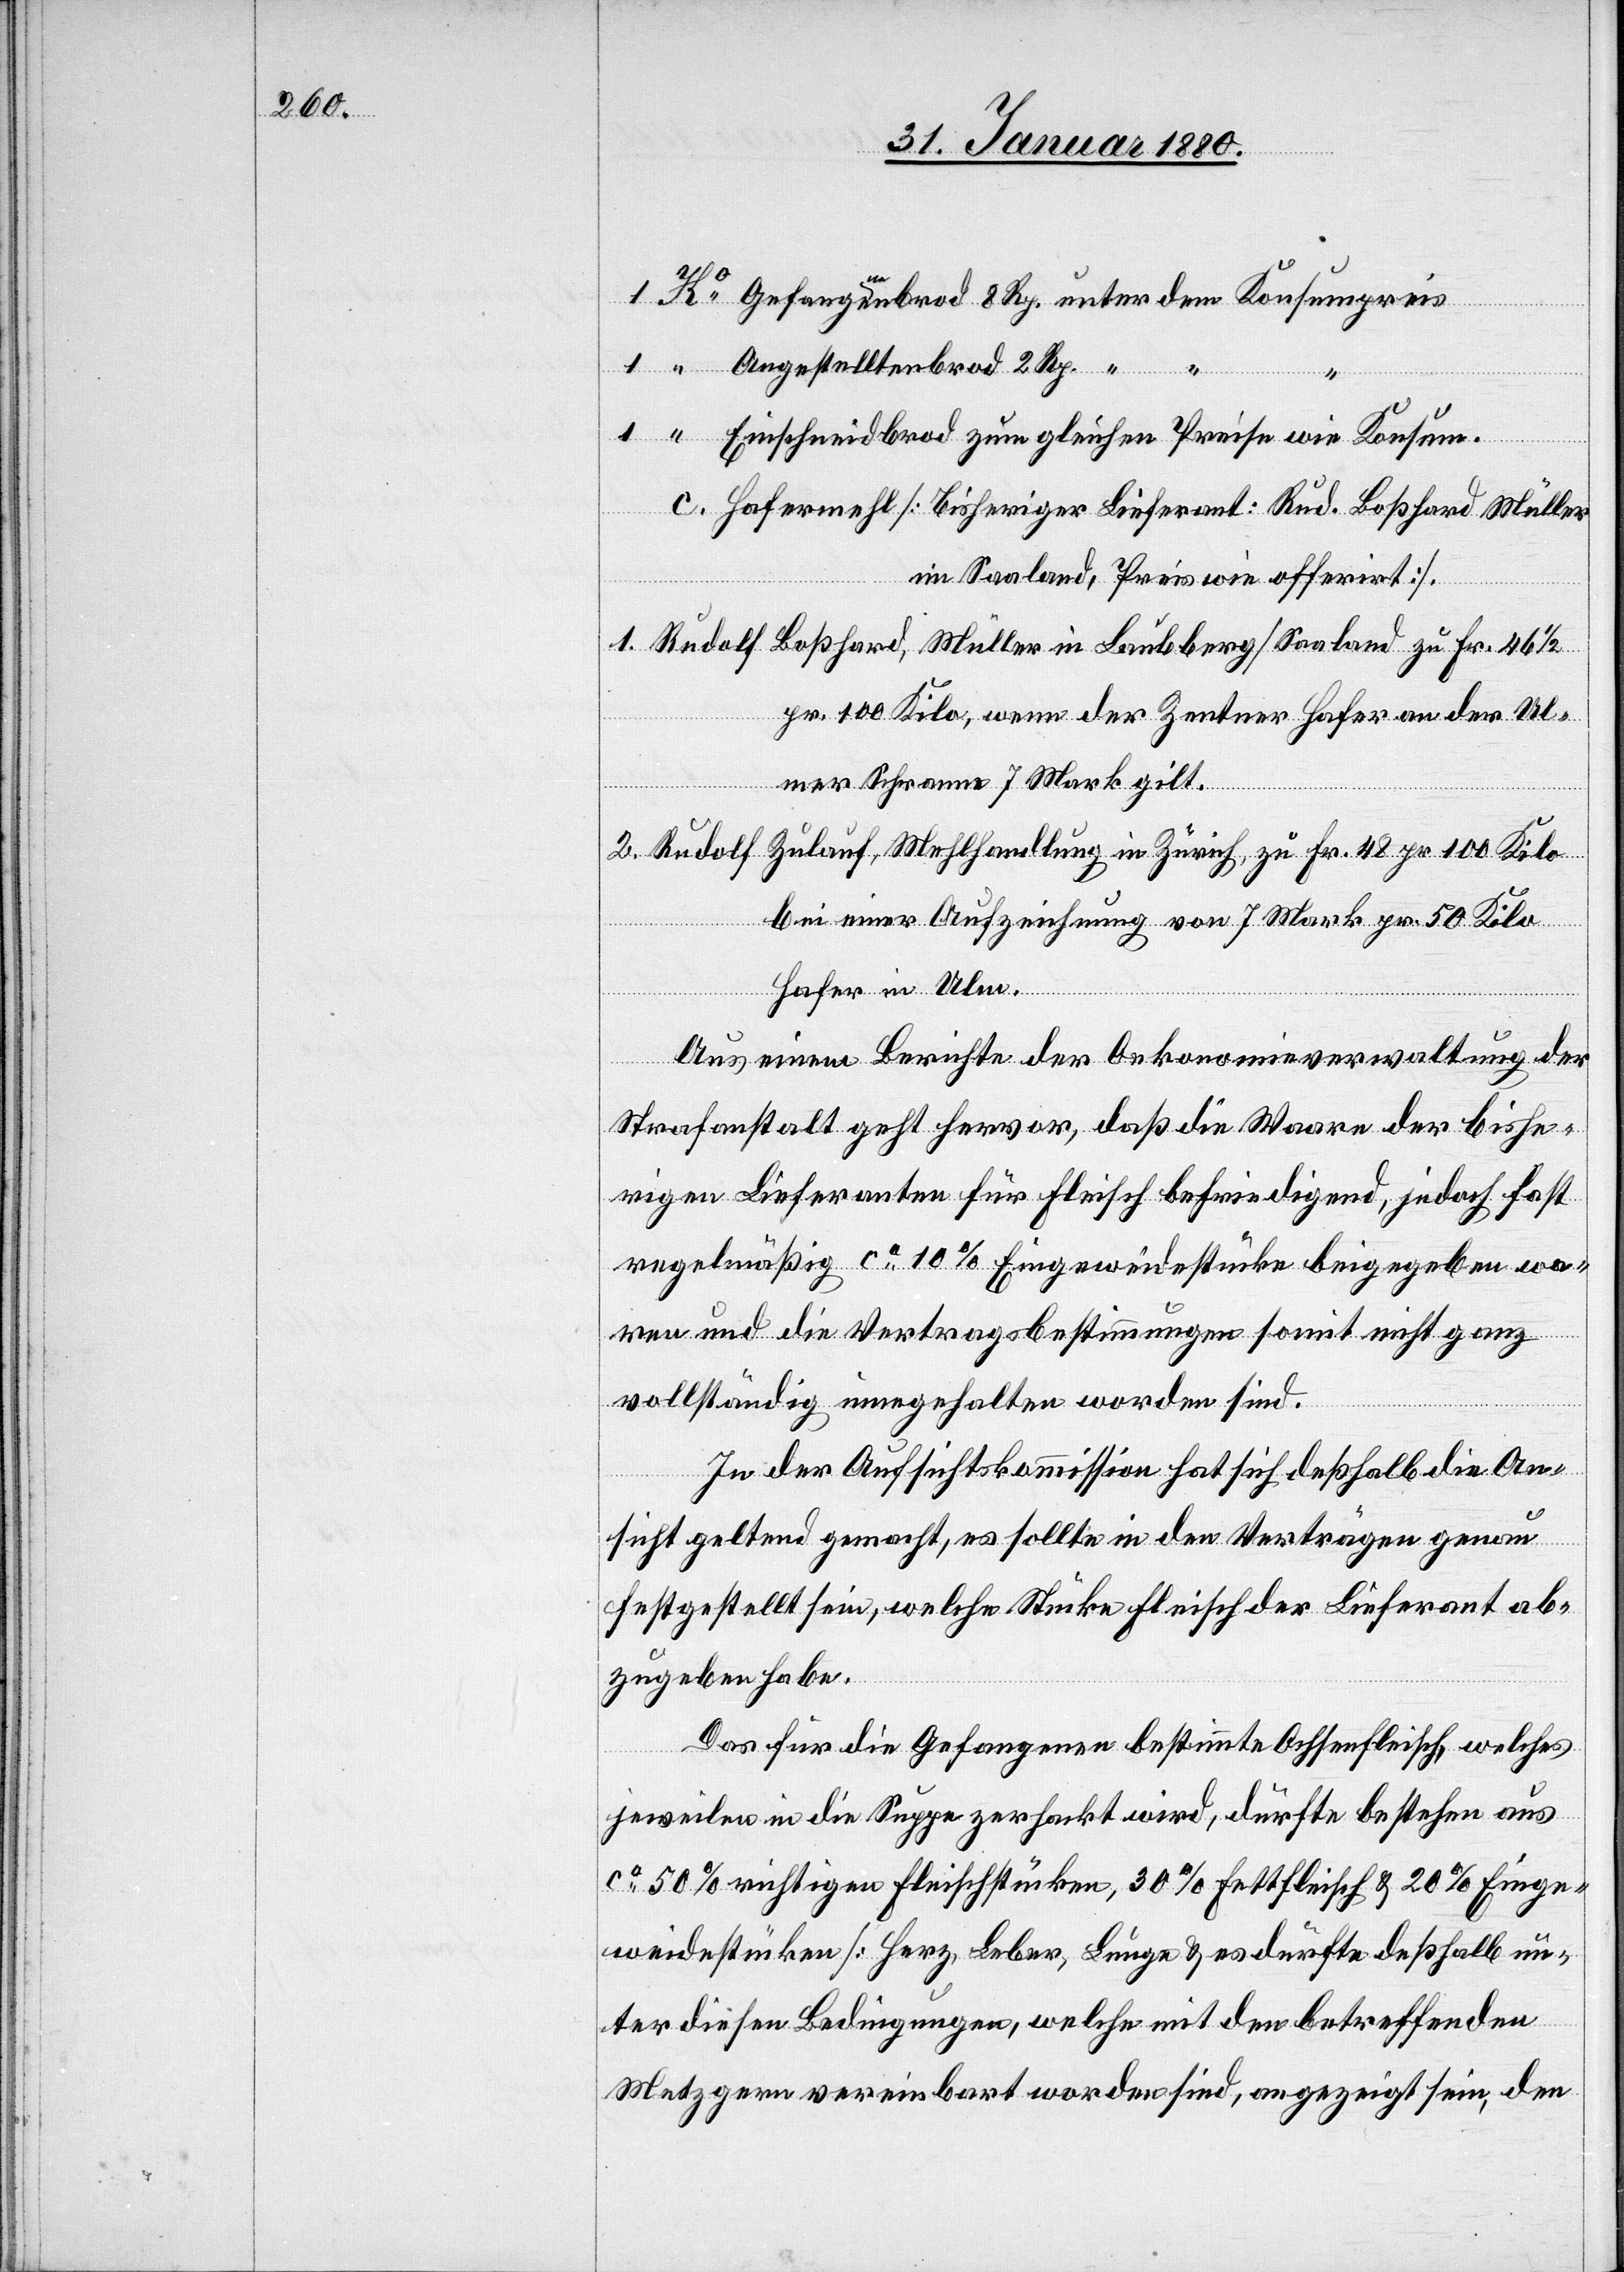
Gefanga-en-abrod 8 Rp. unter dem Konsumpreis
“
Angestelltenbrod 2 Rp. “
Einschneidbrod zum gleichen Preise wie Konsum.
c. Hafermehl [Bisheriger Lieferant: Rud. Boßhard Müller
im Saaland, Preis wie offerirt]
1. Rudolf Boßhard, Müller in Laubberg/Saaland zu Fr. 46 1/2
“
pr. 100 Kilo, wenn der Zentner Hafer an der Ul¬
mer Schranne 7 Mark gilt.
2. Rudolf Zulauf, Mehlhandlung in Zürich, zu Fr. 48 pr. 100 Kilo
bei einer Aufzeichnung von 7 Mark pr. 50 Kilo
Hafer in Ulm.
Aus einem Berichte der Oekonomieverwaltung der
Strafanstalt geht hervor, daß die Waaren der bishe¬
rigen Lieferanten für Fleisch befriedigend, jedoch fast
regelmäßig ca 10 % Eingeweidestücke beigegeben wa¬
ren und die Vertragsbestimmungen somit nicht ganz
vollständig eingehalten worden sind.
In der Aufsichtskommission hat sich deßhalb die An¬
sicht geltend gemacht, es sollte in den Verträgen genau
festgestellt sein, welche Stücke Fleisch der Lieferant ab¬
zugeben habe.
Das für Gefangenen bestimmte Ochsenfleisch, welches
jeweilen in die Suppe zerhackt wird, dürfte bestehen aus
ca 50 % richtigen Fleischstücken, 30 % Fettfleisch & 20 % Einge¬
weidestücken [Herz, Leber, Lunge] & es dürfte deßhalb un¬
Ko
ter diesen Bedingungen, welche mit den betreffenden
Metzgern vereinbart worden sind, angezeigt sein, den